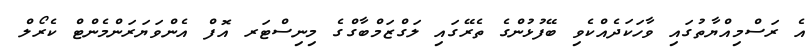
އެ ރަސްމިއްޔާތުގައި ވާހަކަދެއްކެވި ބޭފުޅުންގެ ތެރޭގައި ލަގްޒަމްބާގްގެ މިނިސްޓަރ އޮފް އެންވަޔަރަންމެންޓް ކެރޯލް